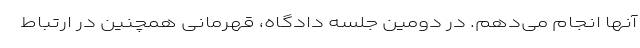
آنها انجام می‌دهم. در دومین جلسه دادگاه، قهرمانی همچنین در ارتباط